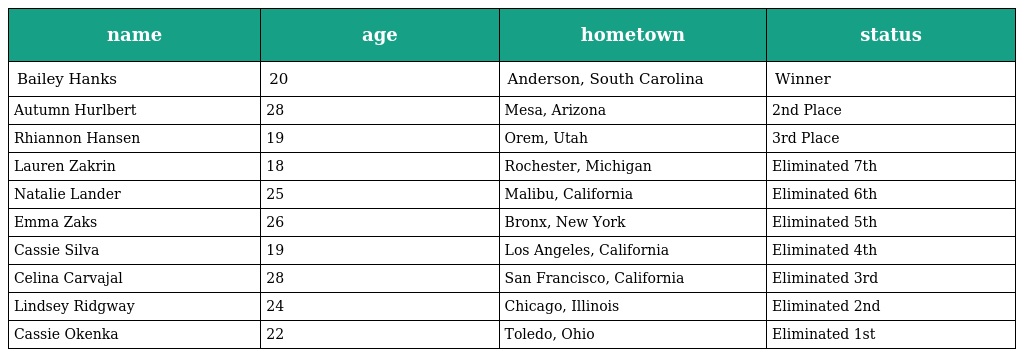
| name | age | hometown | status |
 | --- | --- | --- | --- |
 | Bailey Hanks | 20 | Anderson, South Carolina | Winner |
 | Autumn Hurlbert | 28 | Mesa, Arizona | 2nd Place |
 | Rhiannon Hansen | 19 | Orem, Utah | 3rd Place |
 | Lauren Zakrin | 18 | Rochester, Michigan | Eliminated 7th |
 | Natalie Lander | 25 | Malibu, California | Eliminated 6th |
 | Emma Zaks | 26 | Bronx, New York | Eliminated 5th |
 | Cassie Silva | 19 | Los Angeles, California | Eliminated 4th |
 | Celina Carvajal | 28 | San Francisco, California | Eliminated 3rd |
 | Lindsey Ridgway | 24 | Chicago, Illinois | Eliminated 2nd |
 | Cassie Okenka | 22 | Toledo, Ohio | Eliminated 1st |